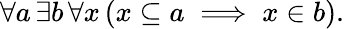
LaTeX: \forall a\, \exists b\, \forall x\, (x\subseteq a\implies x\in b).